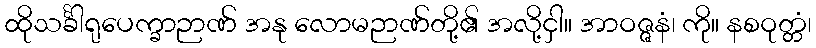
ထိုသင်္ခါရုပေက္ခာဉာဏ် အနု လောမဉာဏ်တို့၏ အလို့ငှါ။ အာဝဇ္ဇနံ၊ ကို။ နစဝုတ္တံ၊